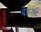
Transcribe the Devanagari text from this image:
बेहरच